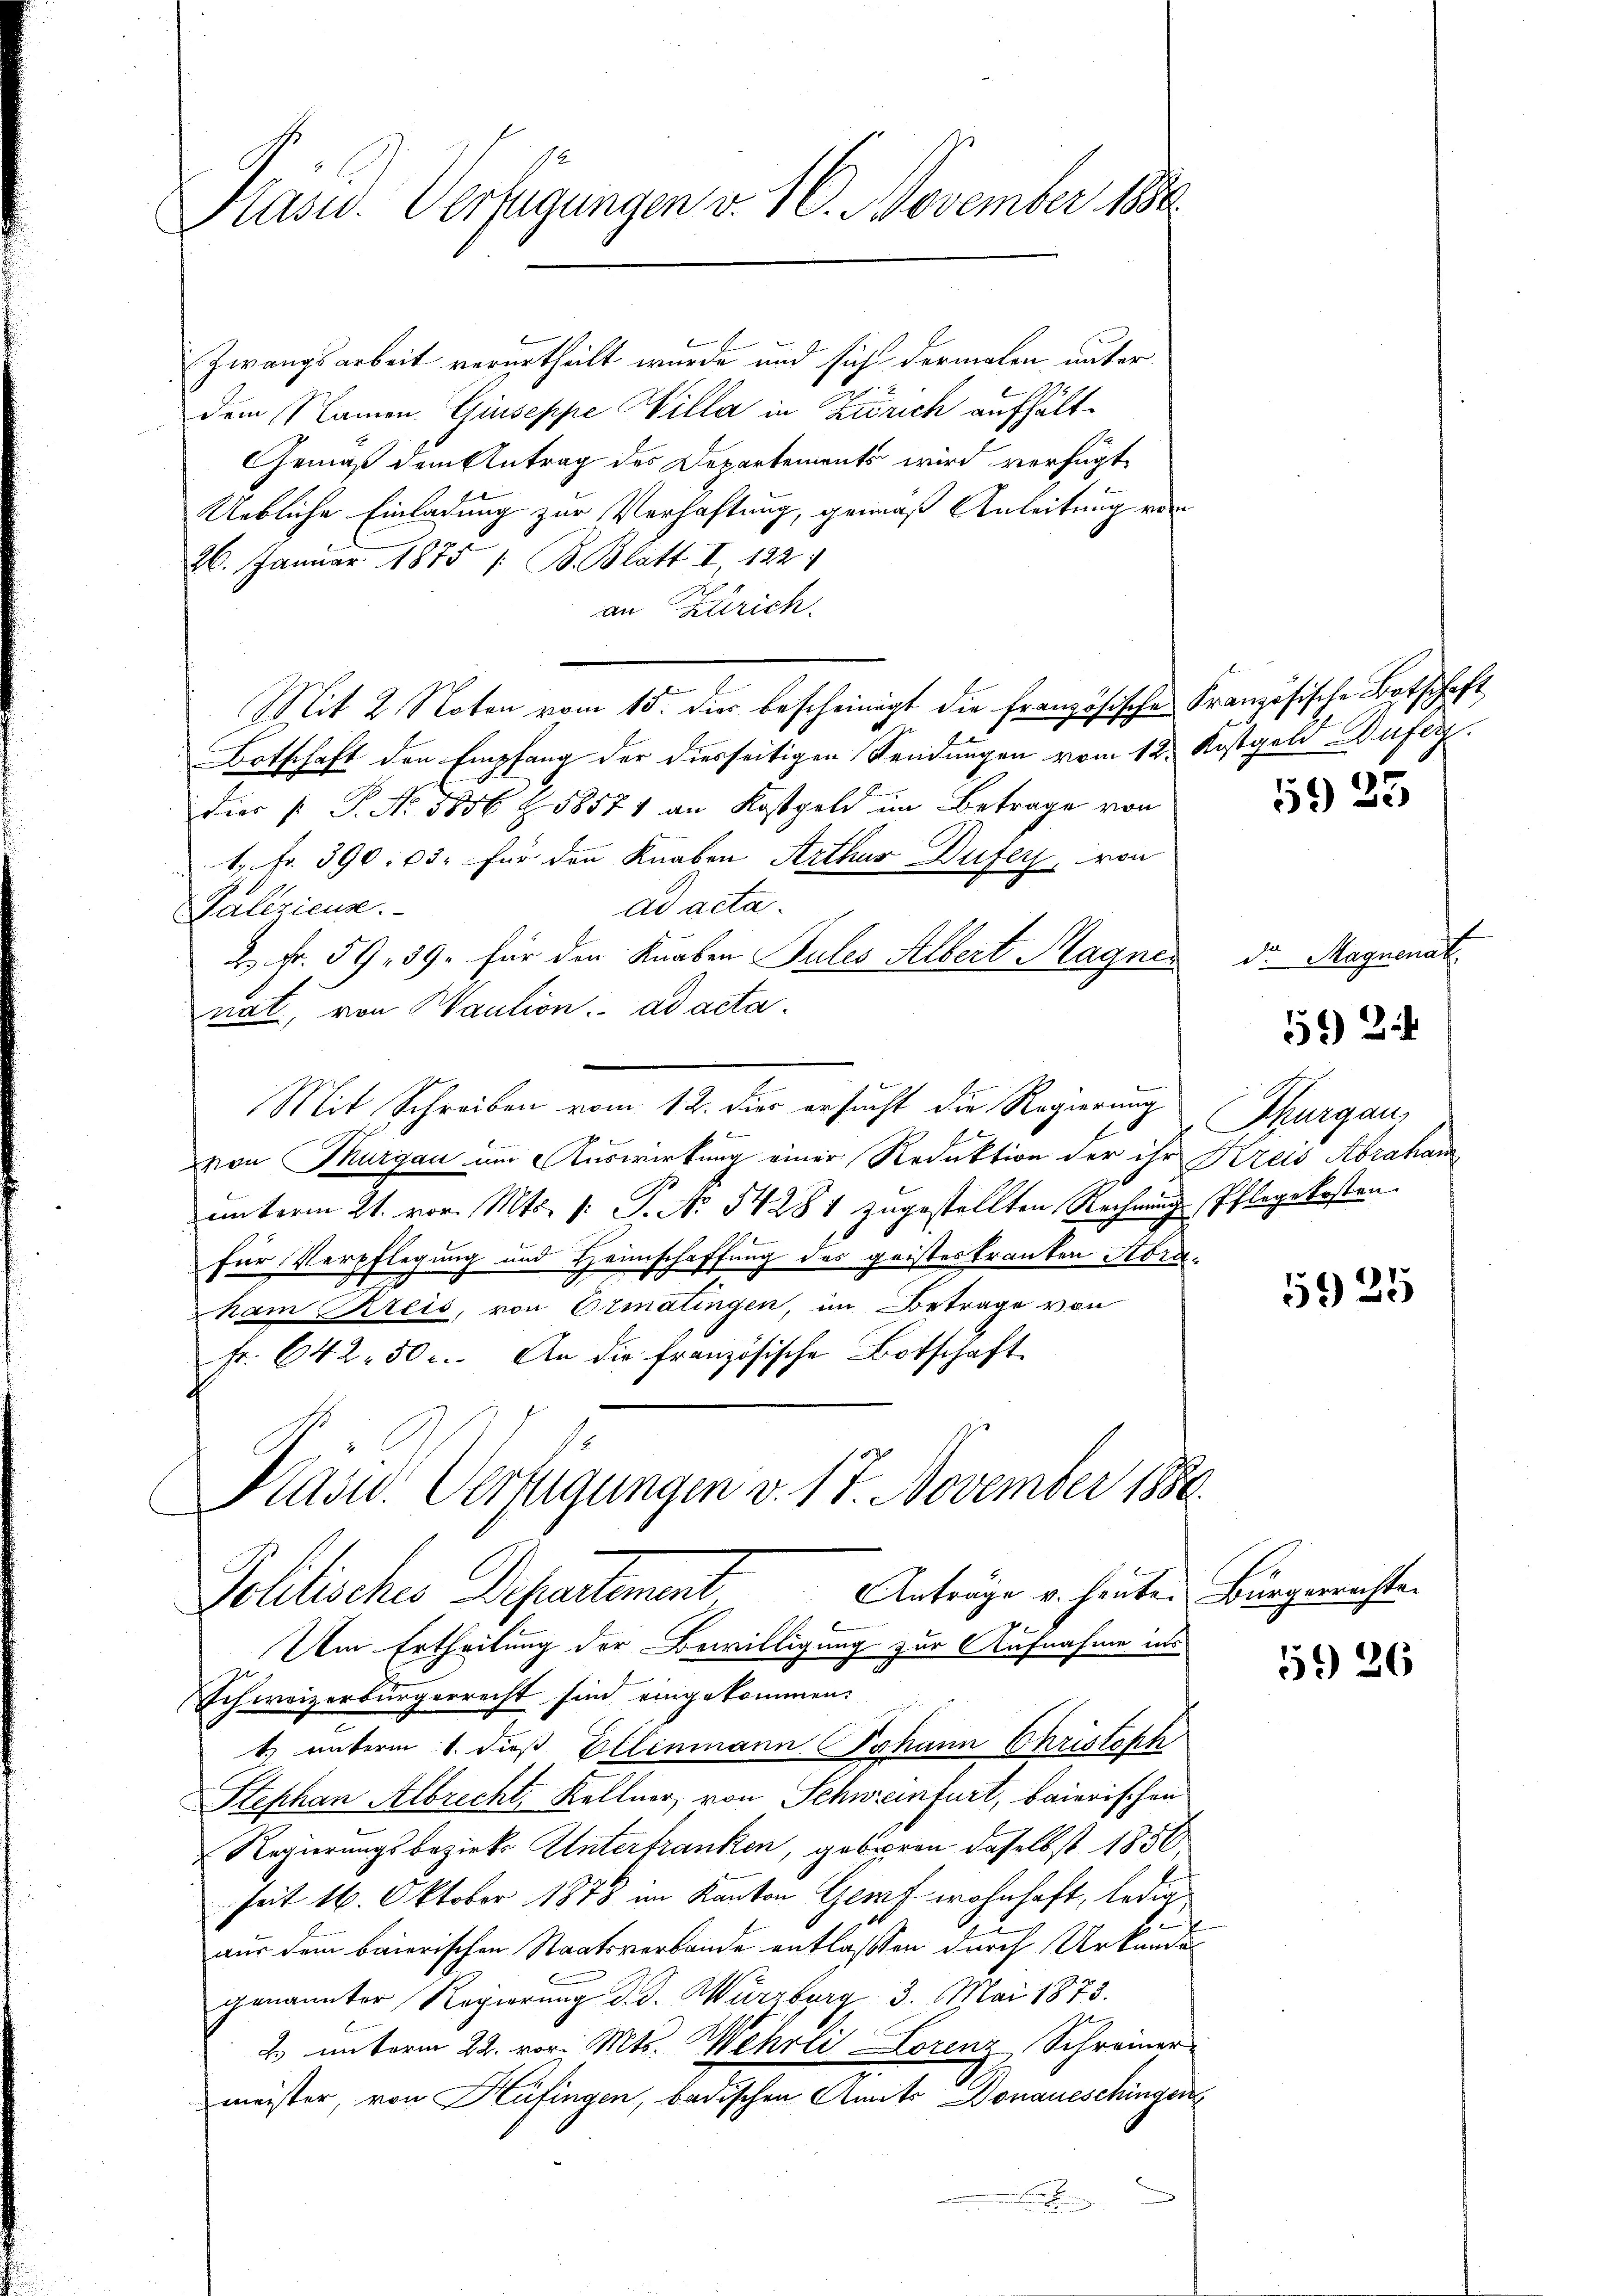
Präsid. Verfügungen v. 16. November 1880

Zwangsarbeit verurtheilt wurde und sich dermalen unterdem Namen Giuseppe Willa in Zürich aufhält¬
Gemäß dem Antrag des Departements wird verfügt,
Uebliche Einladung zur Verhaftung, gemäß Anleitung vom
26. Januar 1875 / B. Blatt I, 122
an. Zürich
Mit 2 Noten vom 15. dies bescheinigt die französische Französische Botschaft
Botschaft den Empfang der diesseitigen Sendungen vom 12. Kostgeld Bufig.
dies P. P. Nr. 1856 Z. 58571 an Kostgeld im Betrage von
1, Fr. 390: 03. für den Knaben Arthur Dufer von
ad acta.
Galizieuse.
2 Fr. 59, 39. für den Knaben Pules Albert Magnenat, von Maution. ad acta.
Mit Schreiben vom 12. dies ersucht die Regierung Thurgau,
1
von Thurgau um Auswirkung einer Reduktion der ihr Kreis Abrahan
unterm 21. vor. Mts. 1. P. No 54281 zugestellten Rechnung Pflegekosten
für Verpflegung und Heimschaffung des geisteskranken Abraham Kreis, von Ermatingen, im Betrage von
Fr. 642. 50 r. An die französische Botschaft
Präsid. Verfügungen v. 17. November 1880.
Anträge v. heute. Bürgerrechten
Pollisches Departement
Um Ertheilung der Bewilligung zur Aufnahme in
Schweizerbürgerrecht sind eingekommen.
t.) unterm 1. dieß Ellenmann Johann Christoph
Stephan Albrecht, Kellner von Schweinfurt, baierischen
Regierungsbezirks Untertranken, geboren daselbst 1856
seit 16. Oktober 1878 im Kanton Genf wohnhaft, ledig
1
aus dem baierischen Staatsverbande entlassen durch Urkundes
genannter Regierung d. d. Würzburg 3. Mai 1873.

2) unterm 22. vor. Mts. Wehrli Lorenz Schreiner
meister, von Hüfingen, badischen Amts Donaueschingen
n

59 25

Dr. Magnenat

)

5925

59 26